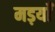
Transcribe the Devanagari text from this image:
मड़याँ